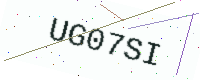
Text: UG07SI